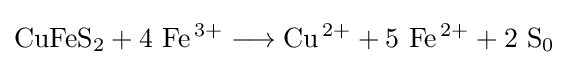
\mathrm {CuFeS_{2}+4\ Fe^{\,3+}\longrightarrow Cu^{\,2+}+5\ Fe^{\,2+}+2\ S_{0}}